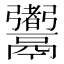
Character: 䰞